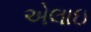
એલાઇ